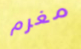
مغرم